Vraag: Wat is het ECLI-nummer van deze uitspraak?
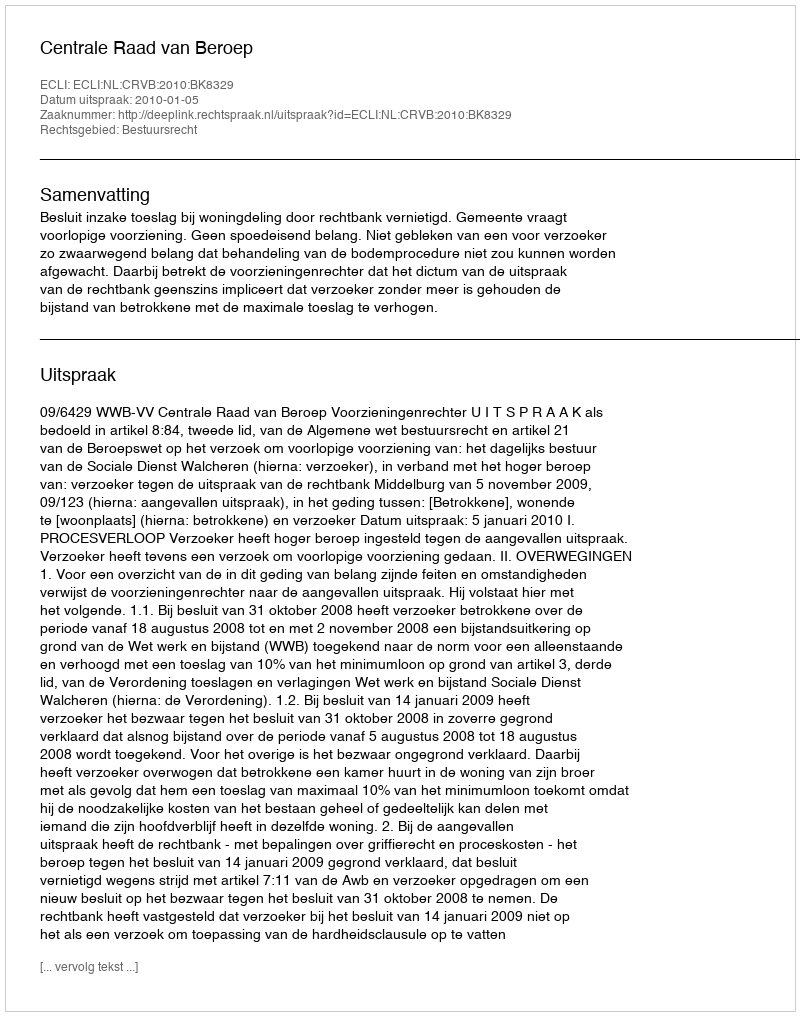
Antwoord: ECLI:NL:CRVB:2010:BK8329